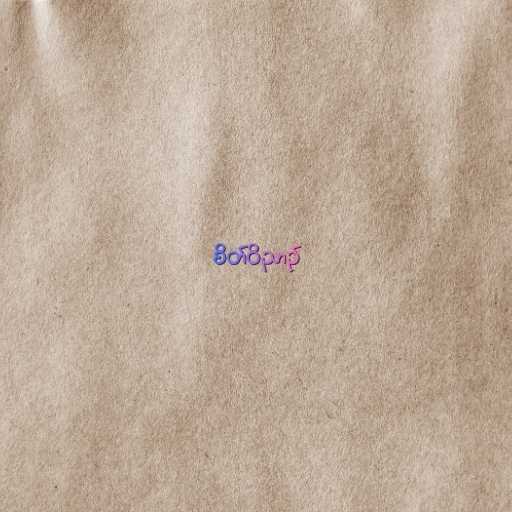
စိတ်ဝိညာဉ်